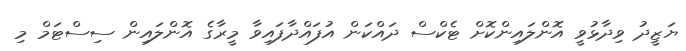
ޔަޒީދު ވިދާޅުވީ އޮންލައިންކޮށް ޓެކްސް ދައްކަން އުފައްދާފައިވާ މީރާގެ އޮންލައިން ސިސްޓަމް މި